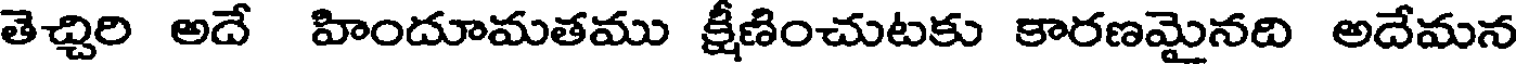
తెచ్చిరి అదే హిందూమతము క్షీణించుటకు కారణమైనది అదేమన